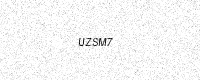
Text: UZSM7